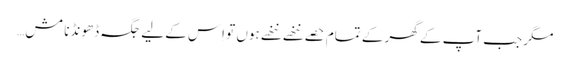
مگر جب آپ کے گھر کے تمام حصے ننھے ننھے ہوں تو اِس کے لیے جگہ ڈھونڈنا مش…